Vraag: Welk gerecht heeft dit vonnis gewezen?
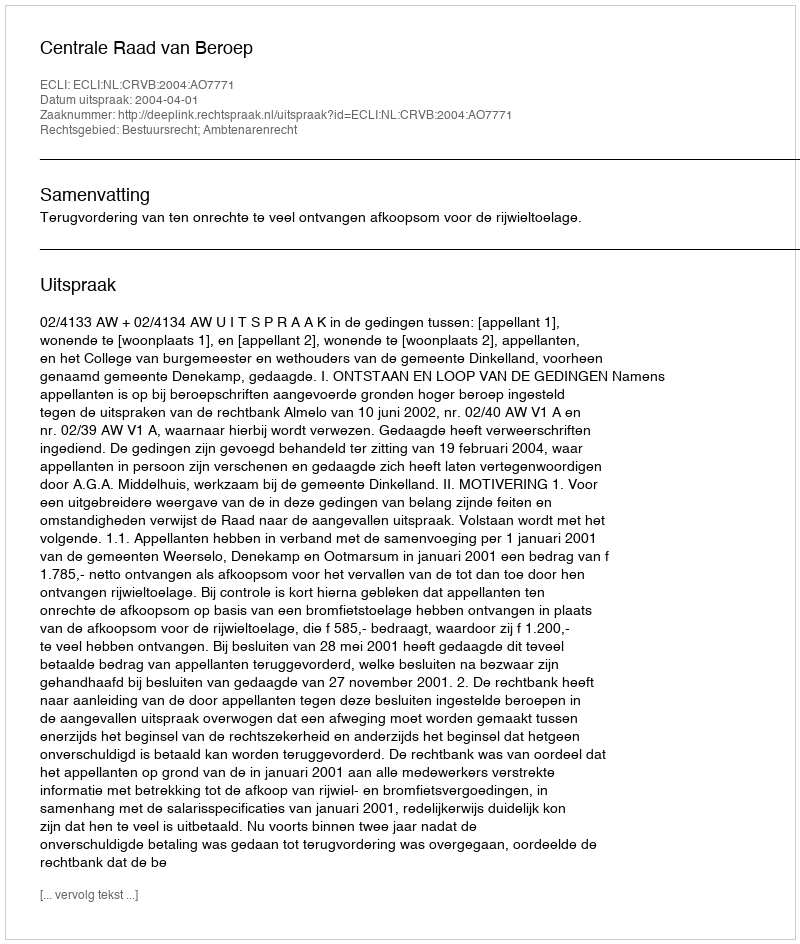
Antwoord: Centrale Raad van Beroep